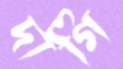
দাগি